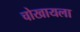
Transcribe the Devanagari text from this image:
चोखायला